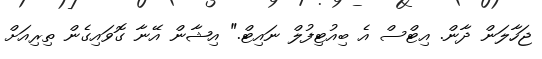
ޖަހާލަން ދާން. އިޓްސް އެ ބިއުޓިފުލް ނައިޓް." އިޝާން އޭނާ ގޮވައިގެން ތިރިއަށް